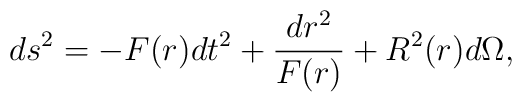
ds^2 = -F(r) dt^2 + {dr^2 \over F(r)} + R^2(r)d\Omega,